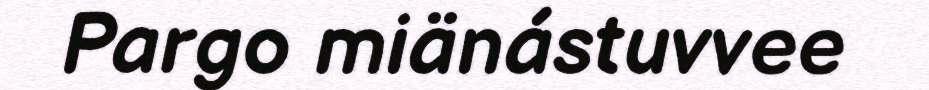
Pargo miänástuvvee